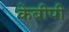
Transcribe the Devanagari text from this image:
केबीपी